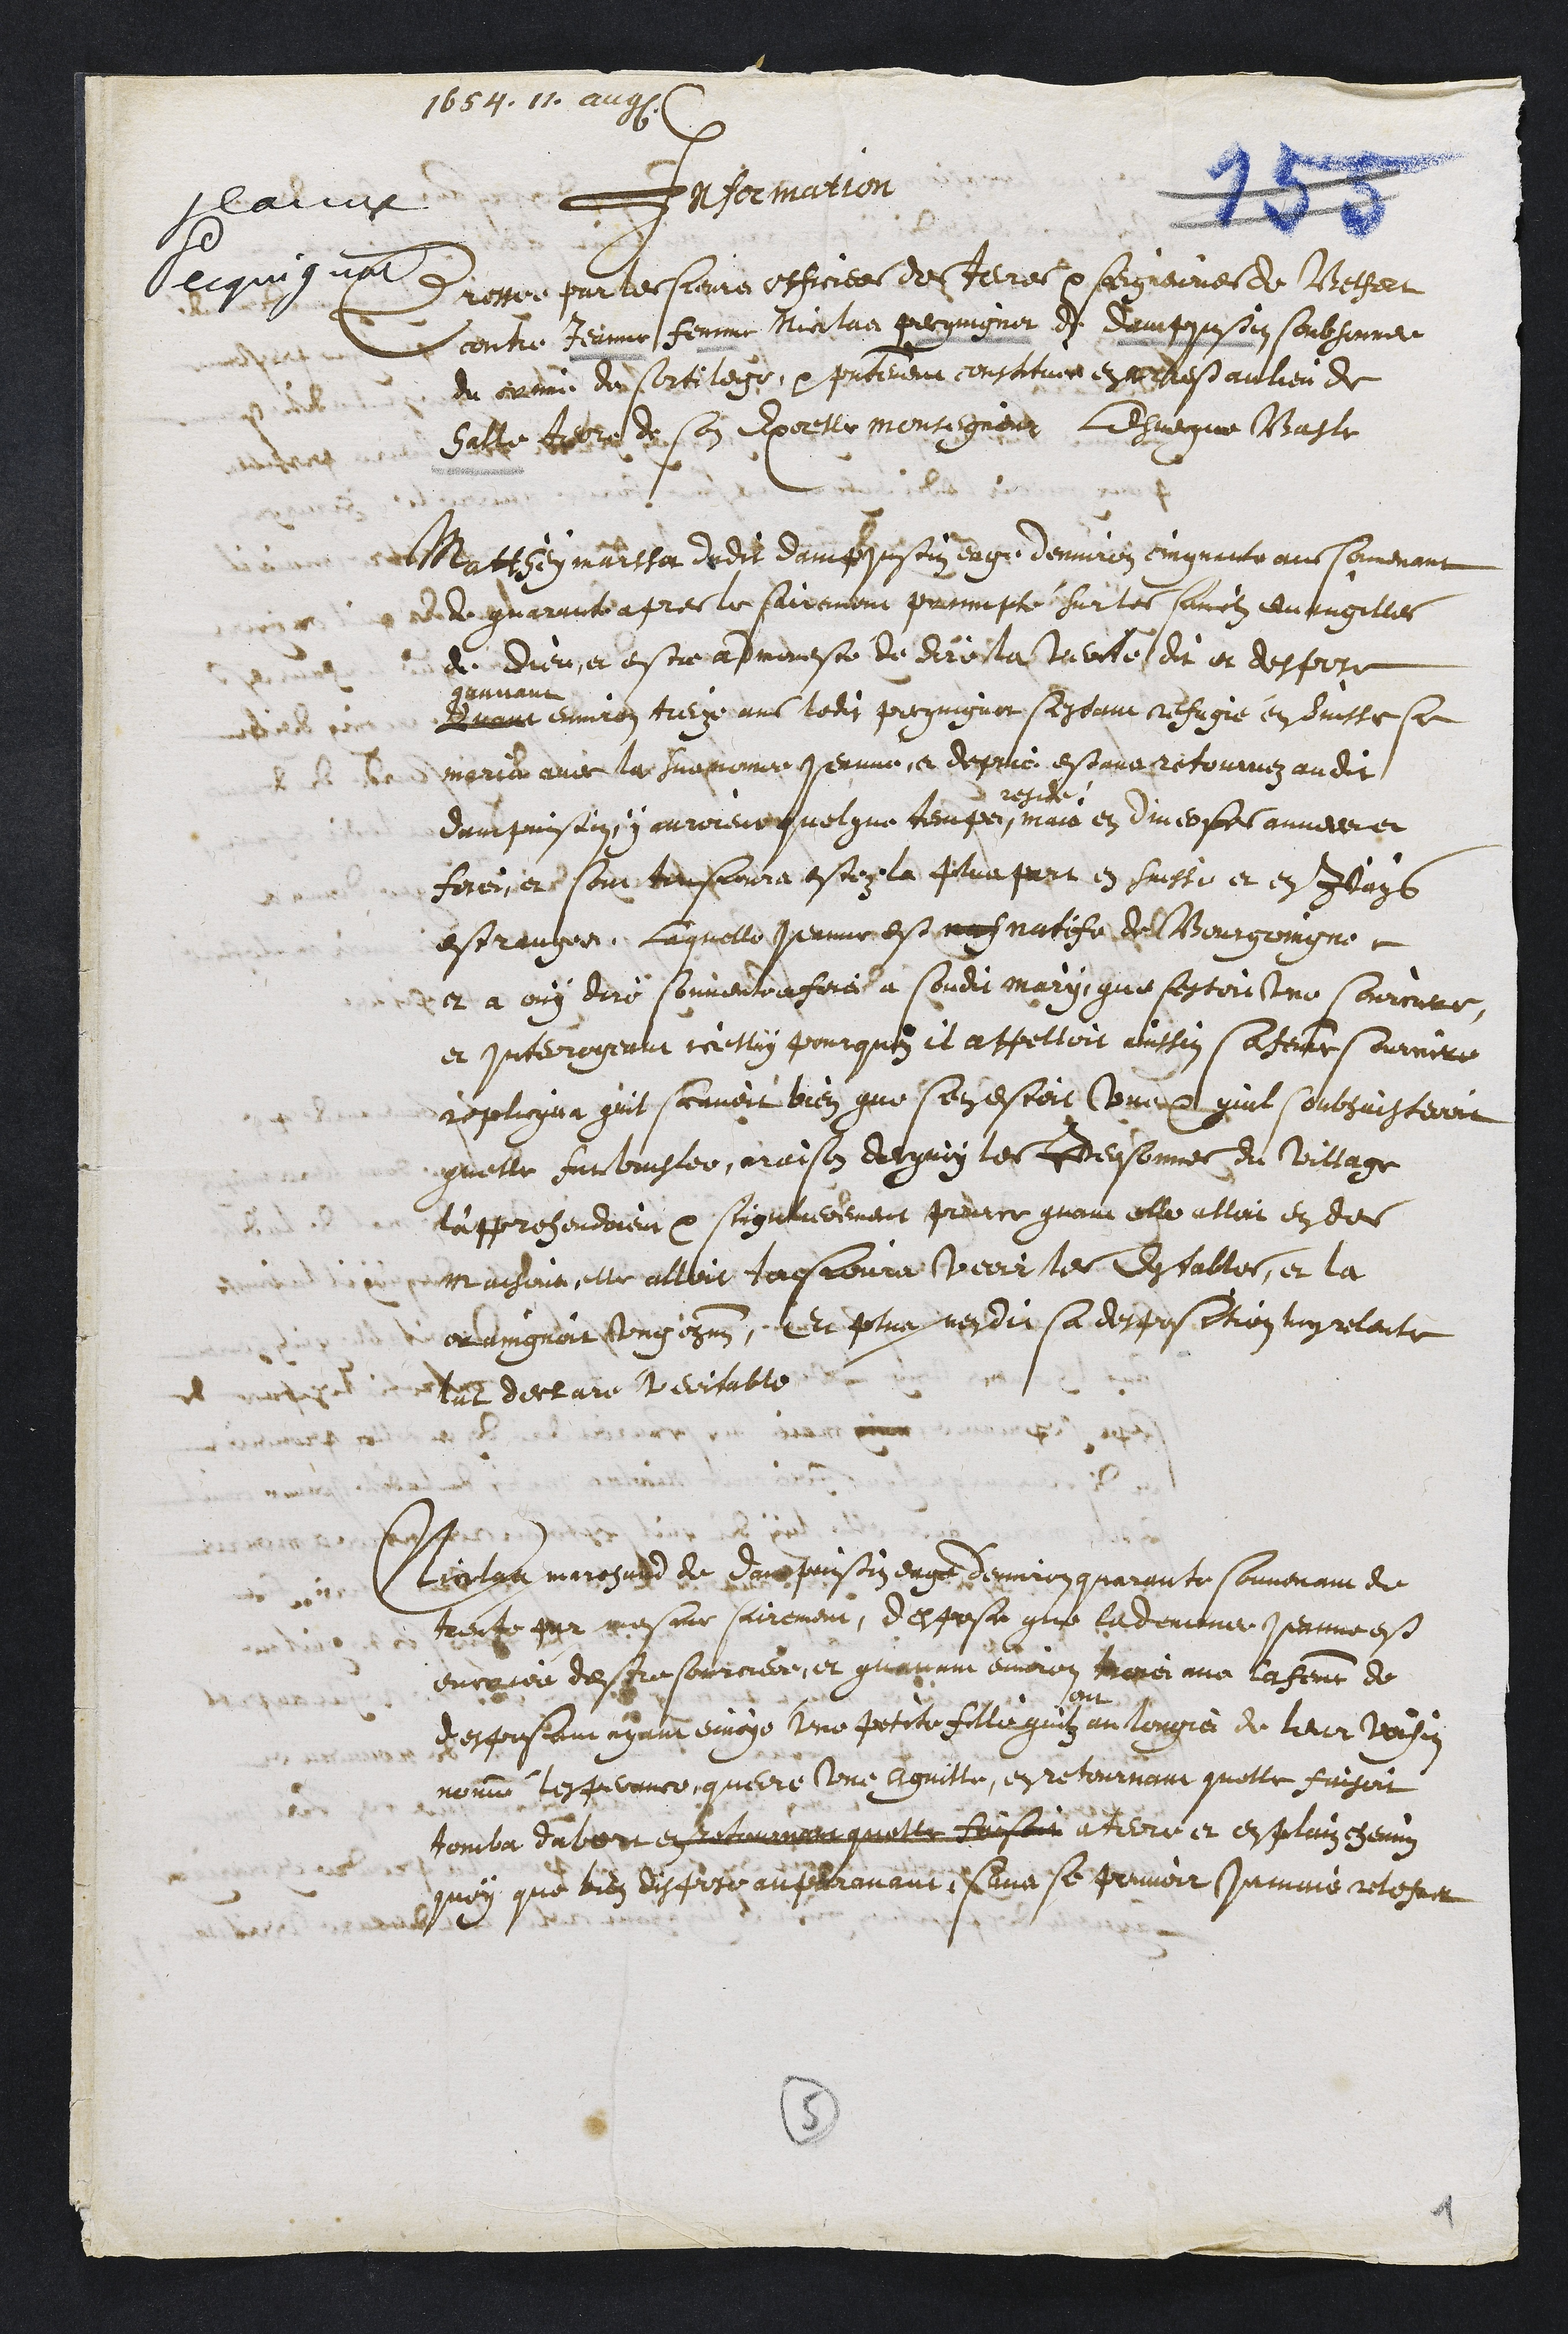
1654. 1
laiiar
Vecqui vat
Information
Prosser par le siais officier de ferre x sergnerres de Rtessert
contre Jernne femme Nicolad gecgingner de damppusoin soubsonne
du creme den sortilege,  petierent consticuee en es au lieu de
Saite tre du sen Exeelle monsigneur ldvegue Masli
Mattey maissa dudit daifesein eage denviron cinquante aus somenont
ded quarait apres le sairemont prcompte sur les sanotz evangiller
dt Dieu a estre apmenese de direcla trbite di er despore
Quan
quunant
environ trerze ans ledi prequignot segeane refugie en duiste son
marie avec la Suemonne Jernne et depuis estant retourez audit
dampuisan, i aurorent quelque temps
pregie
mais en diverses anneure
Foreiiere sour tousjoura estez la plua part en suiste et en lags
estrausee. Laquelle Jernne est natefe deourgoingne
et a ouy dire souventon force a sondi mary que lestoutune sourcntre
et Interrogeant ceesin pourquez il appelloit auissin sa temte sourire
replicqua quit scavoit bien que s'en estoit Conce qual soubsuisteroit
quelle sur vingter, mraison depuy les Tdeisonnes du Village
lapprehendoient par soignereeement perce guari elle allait en des
maisonn elle alloit tousjoure peoir les Enssables, et la
orvingnoit ung ogmn. Et plus nendit sa desposition luyrelante
dnt decture teritable
Monlga marigard de Derr puissin eag devir quarante souvenant de
trente par mesme sairement, despose que lademnner jernne es
encore despsourcier, et quarinn environ tapei nna la femme de
despoisant ayant envoye une petite filleguau longie de leur Vousin
nomme, tespesance queire une Aguille, en retournant quelle faisoit
tomba dabort en lel quelle laisoit a terre et en plain chemn
quoy que bien dispire ausranant Qe se pouvoir Jumais retefe